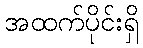
အထက်ပိုင်းရှိ